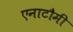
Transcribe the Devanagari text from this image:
एनाटौमी